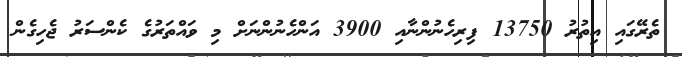
ތެރޭގައި އިތުރު 13750 ފިރިހެނުންނާއި 3900 އަންހެނުންނަށް މި ވައްތަރުގެ ކެންސަރު ޖެހިގެން